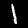
Digit: 1